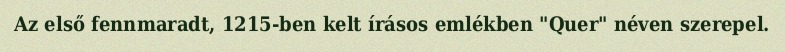
Az első fennmaradt, 1215-ben kelt írásos emlékben "Quer" néven szerepel.